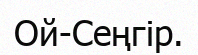
Ой-Сеңгір.